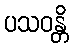
ပသဝန္တိ